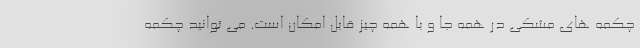
چکمه های مشکی در همه جا و با همه چیز قابل امکان است. می توانید چکمه